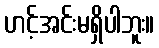
ဟင့်အင်းမရှိပါဘူး။